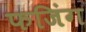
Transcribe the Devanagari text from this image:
फजिंग